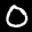
Label: 0